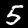
Label: 5